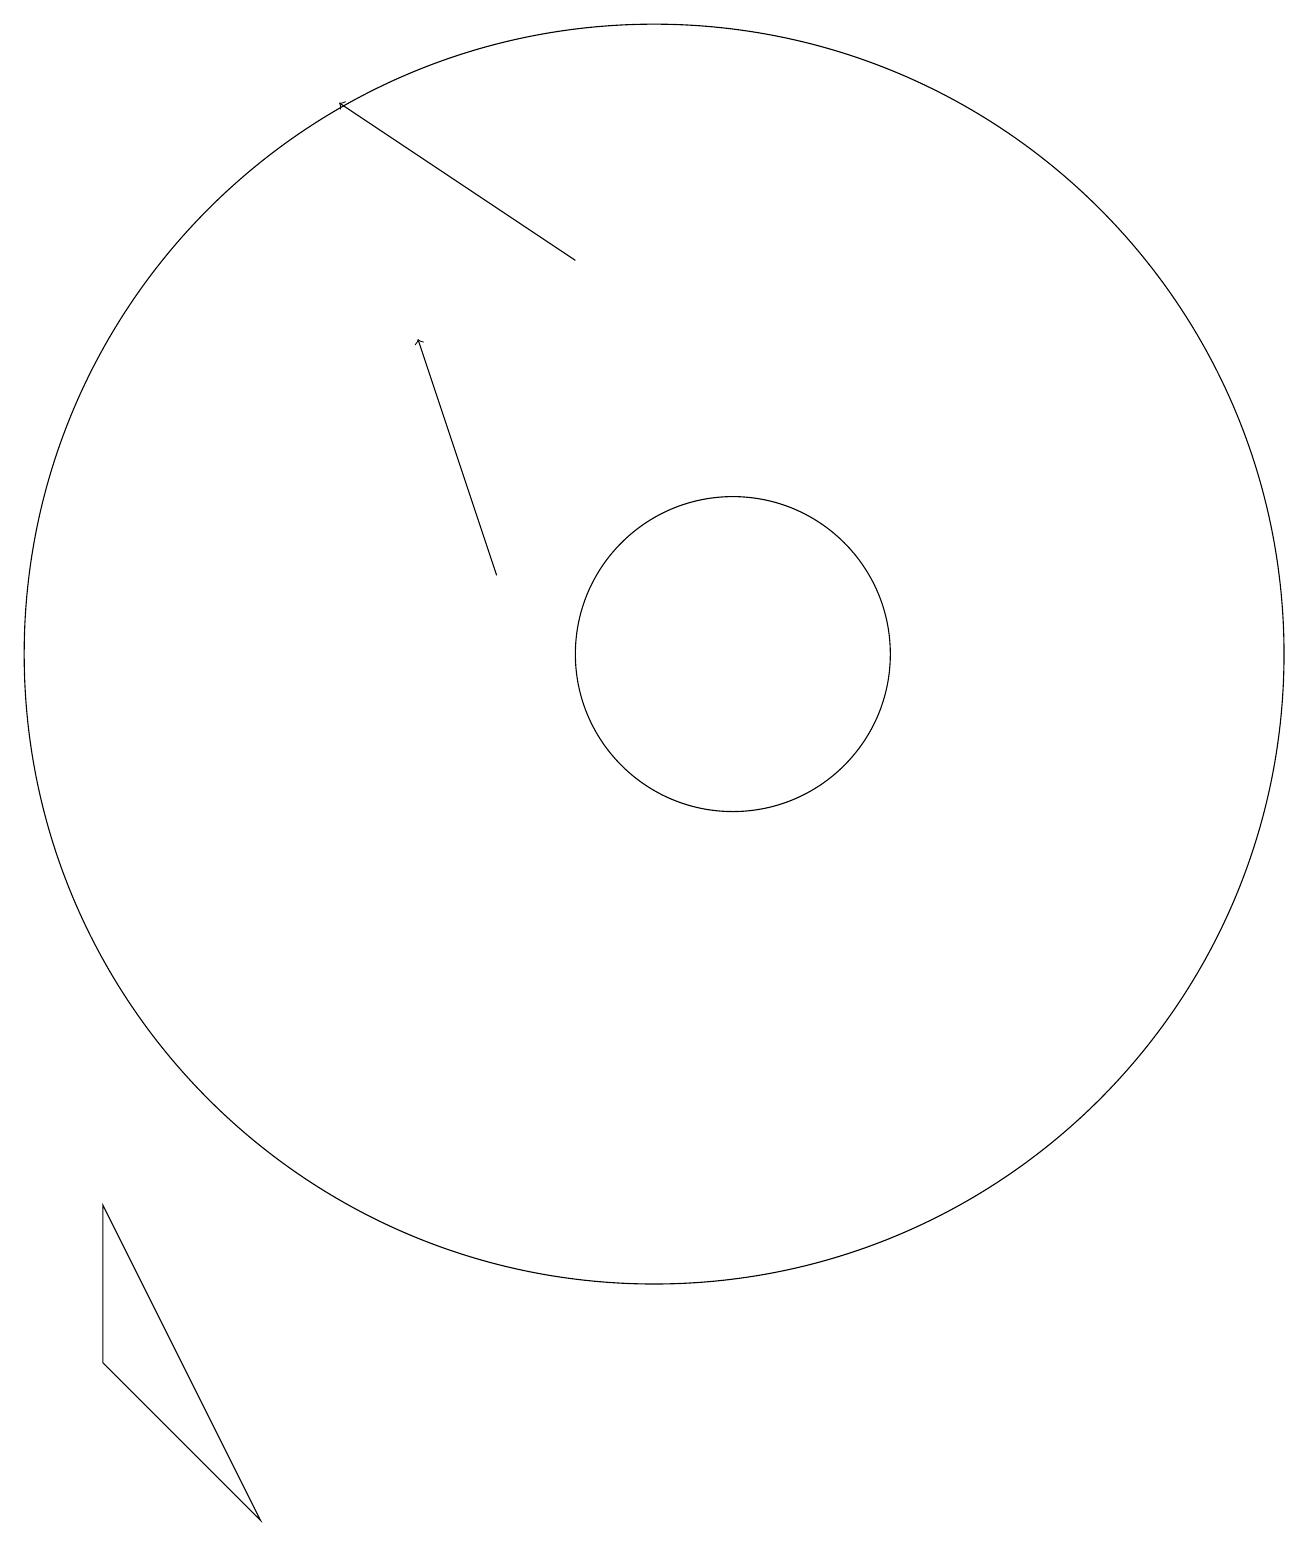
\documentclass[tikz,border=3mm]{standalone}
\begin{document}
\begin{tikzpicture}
\draw (10,12) circle (8);
\draw[->] (9,17) -- (6,19);
\draw (11,12) circle (2);
\draw (5,1) -- (3,3) -- (3,5) -- cycle;
\draw[->] (8,13) -- (7,16);
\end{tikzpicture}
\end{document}